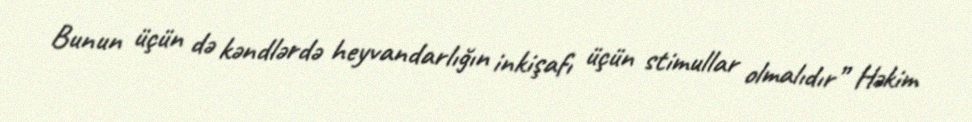
Bunun üçün də kəndlərdə heyvandarlığın inkişafı üçün stimullar olmalıdır” Həkim